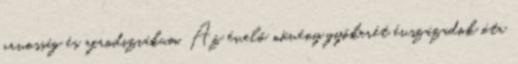
orvosság és afrodiziákum. Az évelő növény gyökerét évszázadok óta